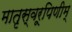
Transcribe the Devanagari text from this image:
मातृस्वरूपिणीम्